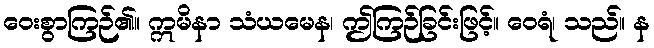
ဝေးစွာကြဉ်၏။ ဣမိနာ သံယမေန၊ ဤကြဉ်ခြင်းဖြင့်။ ဝေရံ၊ သည်။ န